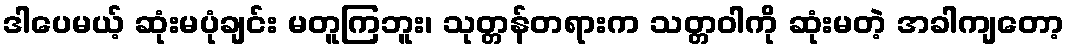
ဒါပေမယ့် ဆုံးမပုံချင်း မတူကြဘူး၊ သုတ္တန်တရားက သတ္တဝါကို ဆုံးမတဲ့ အခါကျတော့